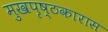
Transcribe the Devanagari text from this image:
मुखपृष्ठकारास